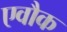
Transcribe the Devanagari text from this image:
एवौक